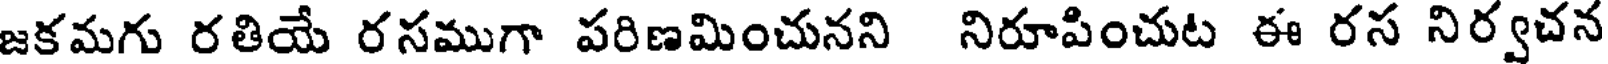
జకమగు రతియే రసముగా పరిణమించునని నిరూపించుట ఈ రస నిర్వచన